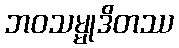
ဘဝသမ္မုဒိတဿ